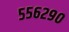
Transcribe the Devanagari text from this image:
५५६२९०